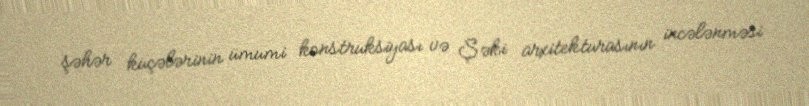
şəhər küçələrinin ümumi konstruksiyası və Şəki arxitekturasının incələnməsi